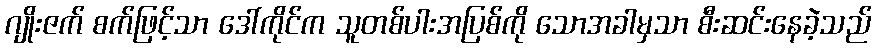
ဂျိုးဇက် စက်ဖြင့်သာ ဒေါ်ကိုင်က သူတစ်ပါးအပြစ်ကို သောအခါမှသာ စီးဆင်းနေခဲ့သည်